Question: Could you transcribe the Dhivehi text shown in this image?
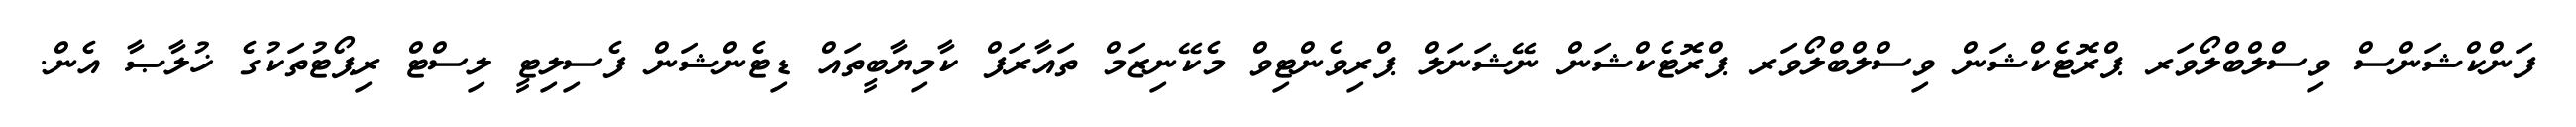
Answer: ފަންކްޝަންސް ވިސްލްބްލޯވަރ ޕްރޮޓެކްޝަން ވިސްލްބްލޯވަރ ޕްރޮޓެކްޝަން ނޭޝަނަލް ޕްރިވެންޓިވް މެކޭނިޒަމް ތައާރަފް ކާމިޔާބީތައް ޑިޓެންޝަން ފެސިލިޓީ ލިސްޓް ރިޕޯޓުތަކުގެ ޚުލާޞާ އެން.